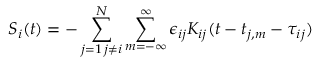
S _ { i } ( t ) = - \sum _ { \substack { j = 1 \, j \neq i } } ^ { N } \sum _ { m = - \infty } ^ { \infty } \epsilon _ { i j } K _ { i j } ( t - t _ { j , m } - \tau _ { i j } )